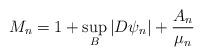
LaTeX: \begin{align*}M_{n}=1+\sup_{B} |D\psi_n| + \frac{A_n}{\mu_n}\end{align*}